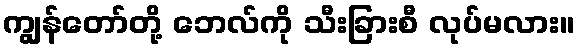
ကျွန်တော်တို့ ဘေလ်ကို သီးခြားစီ လုပ်မလား။